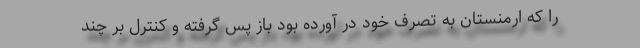
را که ارمنستان به تصرف خود در آورده بود باز پس گرفته و کنترل بر چند